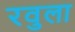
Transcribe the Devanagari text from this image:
रवुला